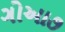
ગોઆ૭